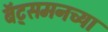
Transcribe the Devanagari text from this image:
बॅट्समनच्या